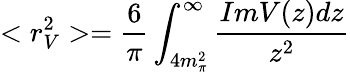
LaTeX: <r_{V}^{2}>=\frac{6}{\pi}\int_{4m_{\pi}^{2}}^{\infty}\frac{ImV(z)dz}{z^{2}}